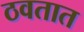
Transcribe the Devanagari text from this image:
ठवतात